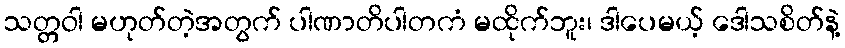
သတ္တဝါ မဟုတ်တဲ့အတွက် ပါဏာတိပါတကံ မထိုက်ဘူး၊ ဒါပေမယ့် ဒေါသစိတ်နဲ့